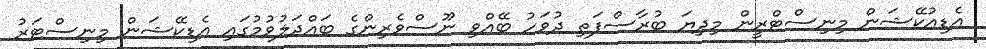
އެޑިއުކޭޝަން މިނިސްޓްރީން މިދިޔަ ބުރާސްފަތި ދުވަހު ބޭއްވި ނޫސްވެރިންގެ ބައްދަލުވުމުގައި އެޑިކޭޝަން މިނިސްޓަރު